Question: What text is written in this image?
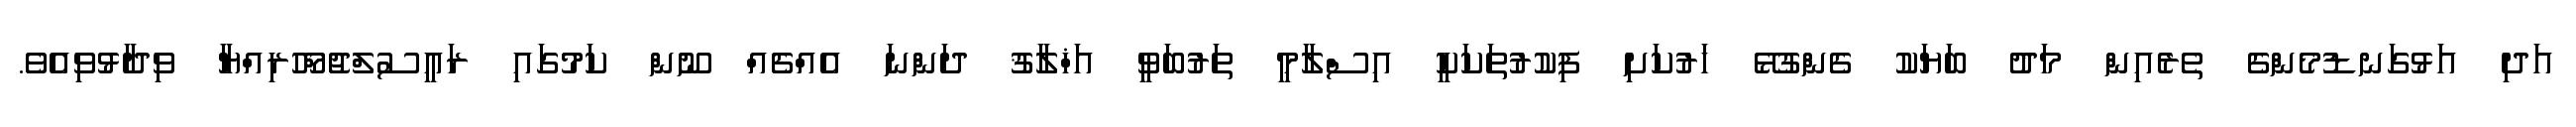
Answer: އަދި އަޅުގަނޑުމެންގެ ތެރެއިން މަދު ބަޔަކު ގެންގުޅޭ ހަރުކަށި ފިކުރުތަކަކީ އިސްލާމީ ތަރުބަވީ އަޚްލާޤު ދަންނަ އެއްޗެއް ނޫން ކަމުގައި ރައީސުލްޖުމްހޫރިއްޔާ ވިދާޅުވިއެވެ.